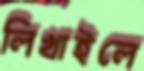
লিখাইলে